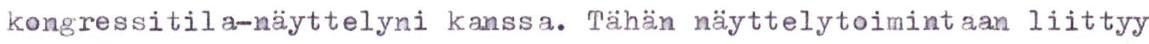
kongressitila-näyttelyni kanssa. Tähän näyttelytoimintaan liittyy